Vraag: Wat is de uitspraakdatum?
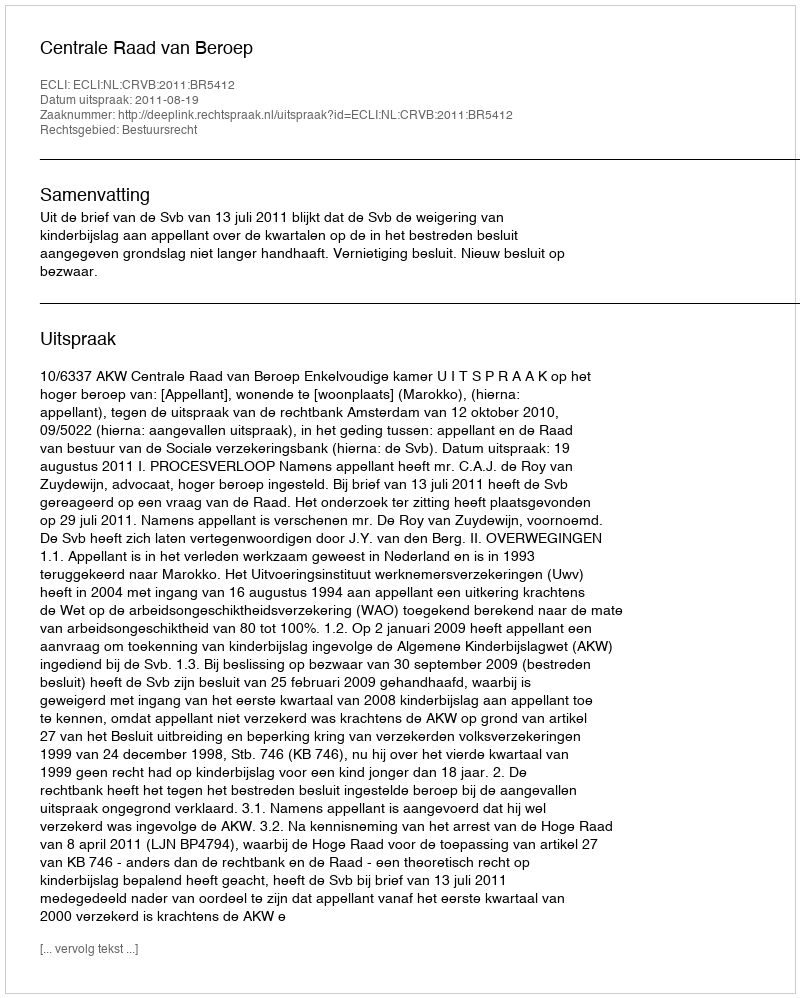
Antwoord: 2011-08-19